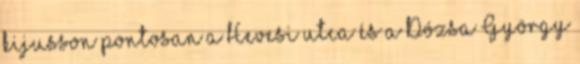
kijusson pontosan a Hevesi utca és a Dózsa György